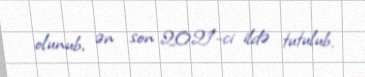
olunub, ən son 2021-ci ildə tutulub.